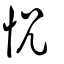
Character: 怳